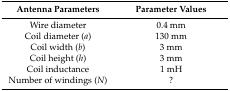
<table><thead><tr><td><b>Antenna Parameters</b></td><td><b>Parameter Values</b></td></tr></thead><tbody><tr><td>Wire diameter</td><td>0.4 mm</td></tr><tr><td>Coil diameter (<i>a</i>)</td><td>130 mm</td></tr><tr><td>Coil width (<i>b</i>)</td><td>3 mm</td></tr><tr><td>Coil height (<i>h</i>)</td><td>3 mm</td></tr><tr><td>Coil inductance</td><td>1 mH</td></tr><tr><td>Number of windings (<i>N</i>)</td><td>?</td></tr></tbody></table>